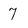
Character: 7